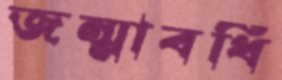
জন্মাবধি